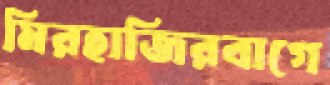
মিরহাজিরবাগে